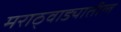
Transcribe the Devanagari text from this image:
मराठ्वाड्यातील